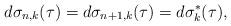
LaTeX: \begin{align*}d\sigma_{n,k}(\tau)=d\sigma_{n+1,k}(\tau)=d\sigma_{k}^{*}(\tau),\end{align*}